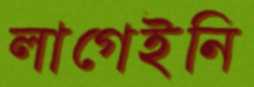
লাগেইনি